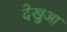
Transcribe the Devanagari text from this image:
देखुआ